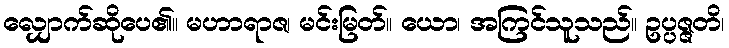
လျှောက်ဆိုပေ၏။ မဟာရာဇ၊ မင်းမြတ်။ ယော၊ အကြင်သူသည်။ ဥပ္ပဇ္ဇတိ၊